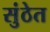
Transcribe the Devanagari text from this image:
सुंठेत